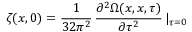
\zeta ( x , 0 ) = \frac { 1 } { 3 2 \pi ^ { 2 } } \, \frac { \partial ^ { 2 } \Omega ( x , x , \tau ) } { \partial \tau ^ { 2 } } \, \vert _ { \tau = 0 }